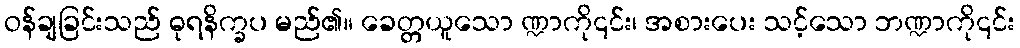
ဝန်ချခြင်းသည် ဓုရနိက္ခပ မည်၏။ ခေတ္တယူသော ဏ္ဍာကို၎င်း၊ အစားပေး သင့်သော ဘဏ္ဍာကို၎င်း